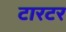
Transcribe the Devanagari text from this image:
टारटर